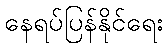
နေရပ်ပြန်နိုင်ရေး